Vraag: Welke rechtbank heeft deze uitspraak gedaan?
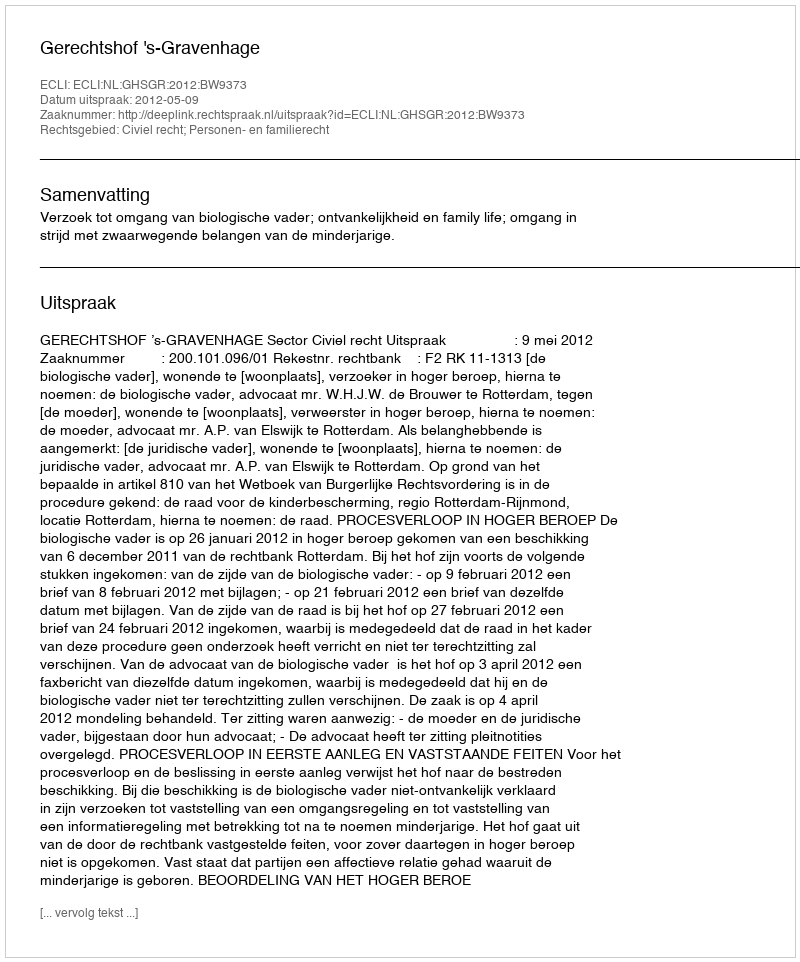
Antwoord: Gerechtshof 's-Gravenhage